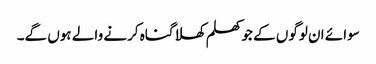
سوائے ان لوگوں کے جو کھلم کھلا گناہ کرنے والے ہوں گے۔